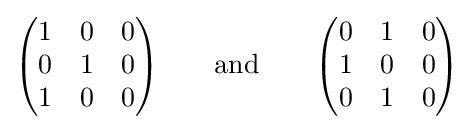
{\begin{pmatrix}1&0&0\\0&1&0\\1&0&0\end{pmatrix}}\qquad \mathrm {and} \qquad {\begin{pmatrix}0&1&0\\1&0&0\\0&1&0\end{pmatrix}}